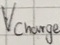
Text: Vcharge